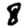
Digit: 8